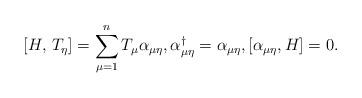
LaTeX: \begin{align*}[H, \, T_\eta] = \sum_{\mu=1}^{n}T_\mu \alpha_{\mu\eta}, \alpha_{\mu \eta}^{\dag} = \alpha_{\mu \eta}, [\alpha_{\mu \eta}, H] = 0.\end{align*}